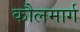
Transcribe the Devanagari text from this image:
कौलमार्ग